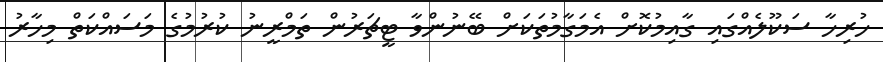
ހުރިހާ ސަކޫލެއްގައި ގާއިމުކޮށް އެމަގާމުތަކަށް ބޭނުންވާ ޓީޗަރުން ތަމްރީނު ކުރުމުގެ މަސައްކަތް މިހާރު